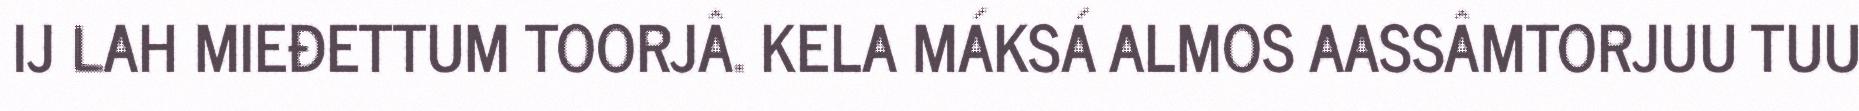
IJ LAH MIEĐETTUM TOORJÂ. KELA MÁKSÁ ALMOS AASSÂMTORJUU TUU